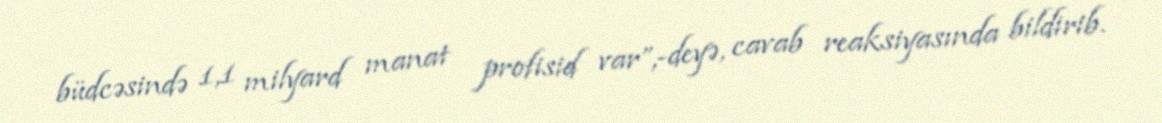
büdcəsində 1,1 milyard manat profisid var”,-deyə, cavab reaksiyasında bildirib.